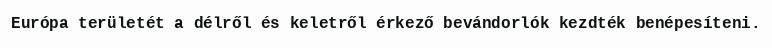
Európa területét a délről és keletről érkező bevándorlók kezdték benépesíteni.